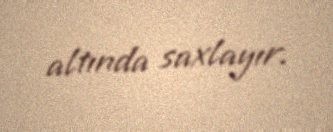
altında saxlayır.